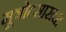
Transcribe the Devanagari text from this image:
मूत्रोत्साराचा